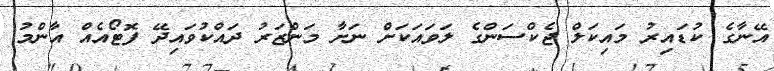
އޭނާގެ ކުޑައިރު މައިކަލް ޖެކްސަންގެ ލަވައަކަށް ނަށާ މަންޒަރު ދައްކުވައިދޭ ފޮޓޯއެއް އާންމު